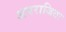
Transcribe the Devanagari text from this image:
अपराजितः